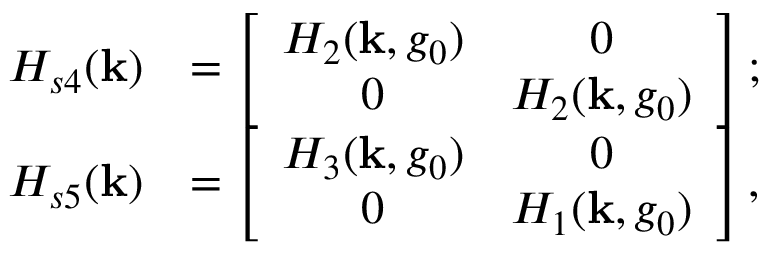
\begin{array} { r l } { H _ { s 4 } ( { \bf k } ) } & { = \left[ \begin{array} { c c } { H _ { 2 } ( { \bf k } , g _ { 0 } ) } & { 0 } \\ { 0 } & { H _ { 2 } ( { \bf k } , g _ { 0 } ) } \end{array} \right] ; } \\ { H _ { s 5 } ( { \bf k } ) } & { = \left[ \begin{array} { c c } { H _ { 3 } ( { \bf k } , g _ { 0 } ) } & { 0 } \\ { 0 } & { H _ { 1 } ( { \bf k } , g _ { 0 } ) } \end{array} \right] , } \end{array}